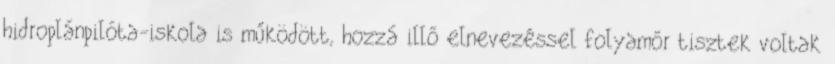
hidroplánpilóta-iskola is működött, hozzá illő elnevezéssel folyamőr tisztek voltak